Lunatic asylums Punjab 1868-1880 - 1868-1880
Year: 1868
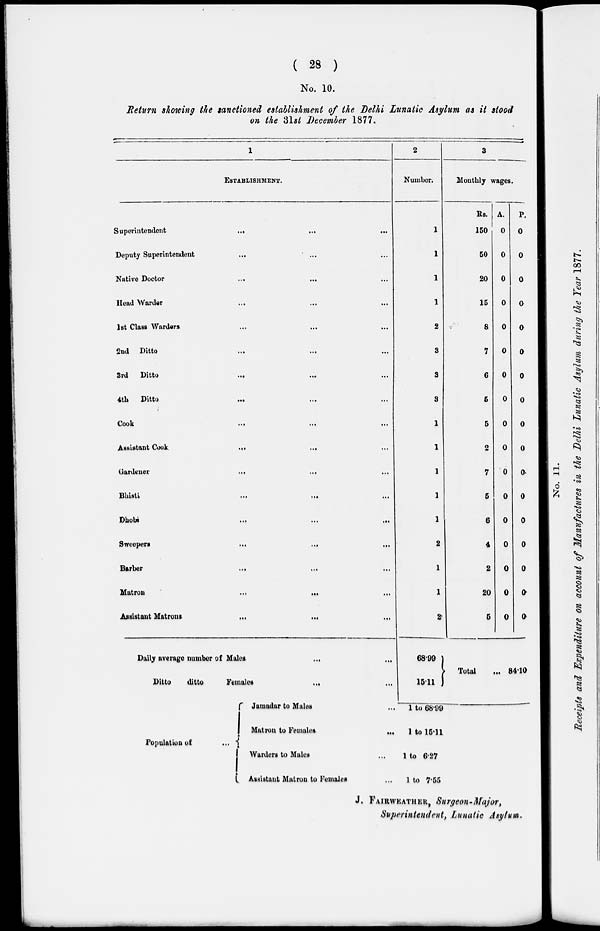
( 28 )
No. 10.
Return showing the sanctioned establishment of the Delhi Lunatic Asylum as it stood
on the 31st December 1877.
1
ESTABLISHMENT.
Superintendent
...
...
...
Deputy Superintendent ... ... ...
Native Doctor
...
...
...
Head Warder ... ... ...
1st Class Warders ... ... ...
2nd Ditto
...
...
...
3rd
Ditto
...
...
...
4th
Ditto ... ... ...
Cook
...
...
...
...
Assistant Cook
Gardener
Bhisti
...
...
Dhobi
...
...
...
Sweepers
Barber
Matron
...
...
Assistant Matrons
...
...
...
Daily average number of Males
...
...
Ditto
ditto
Females
... ...
2
Number.
1
1
1
1
2
3
3
3
1
1
1
1
1
2
1
1
2
68.99
15.11
3
Monthly wages.
Rs.
150
50
20
15
8
7
6
5
5
2
7
5
6
4
2
20
5
A.
0
0
0
0
0
0
0
0
0
0
0
0
0
0
0
0
0
Total
...
P.
0
0
0
0
0
0
0
0
0
0
0
0
0
0
0
0
0
84.10
Population of
Jamadar to Males ...
Matron
to Females ...
Warders to Males ...
Assistant Matron to Females ...
1 to 68.99
1 to 15.11
1 to 6.27
1 to 7.55
J. FAIRWEATHER, Surgeon-Major,
Superintendent, Lunatic Asylum.